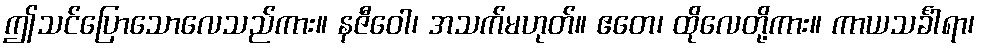
ဤသင်ပြောသောလေသည်ကား။ နဇီဝေါ၊ အသက်မဟုတ်။ ဧတေ၊ ထိုလေတို့ကား။ ကာယသင်္ခါရာ၊